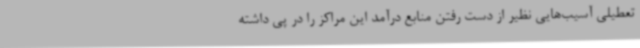
تعطیلی آسیب‌هایی نظیر از دست رفتن منابع درآمد این مراکز را در پی داشته